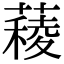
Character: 薐